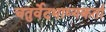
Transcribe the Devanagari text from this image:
चतुर्वेदभाष्यकर्ता